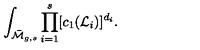
\int _ { \bar { \cal M } _ { g , s } } \prod _ { i = 1 } ^ { s } [ c _ { 1 } ( { \cal L } _ { i } ) ] ^ { d _ { i } } .